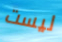
ليست